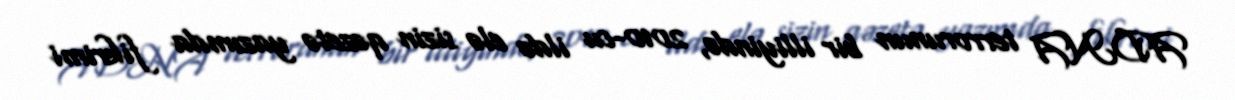
ADNA terrorunun bir illiyində, 2010-cu ildə elə sizin qəzetə yazımda fikrimi